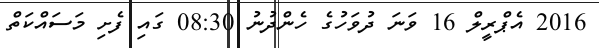
2016 އެޕްރީލް 16 ވަނަ ދުވަހުގެ ހެންދުނު 08:30 ގައި ފެށި މަސައްކަތް